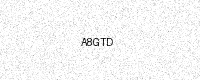
Text: A8GTD